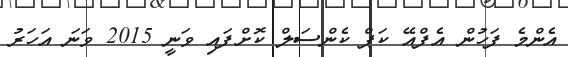
އެންމެ ފަހުން އެފްއޭ ކަޕް ކެންސަލް ކޮށްފައި ވަނީ 2015 ވަނަ އަހަރު